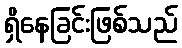
ရှိနေခြင်းဖြစ်သည်